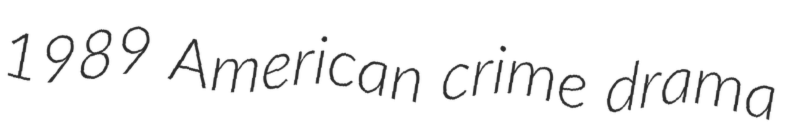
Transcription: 1989 American crime drama